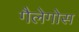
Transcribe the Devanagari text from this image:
गैलेगोस